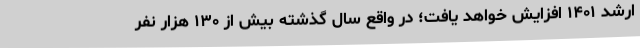
ارشد ۱۴۰۱ افزایش خواهد یافت؛ در واقع سال گذشته بیش از ۱۳۰ هزار نفر